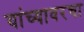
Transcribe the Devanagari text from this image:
यांच्यावरचा